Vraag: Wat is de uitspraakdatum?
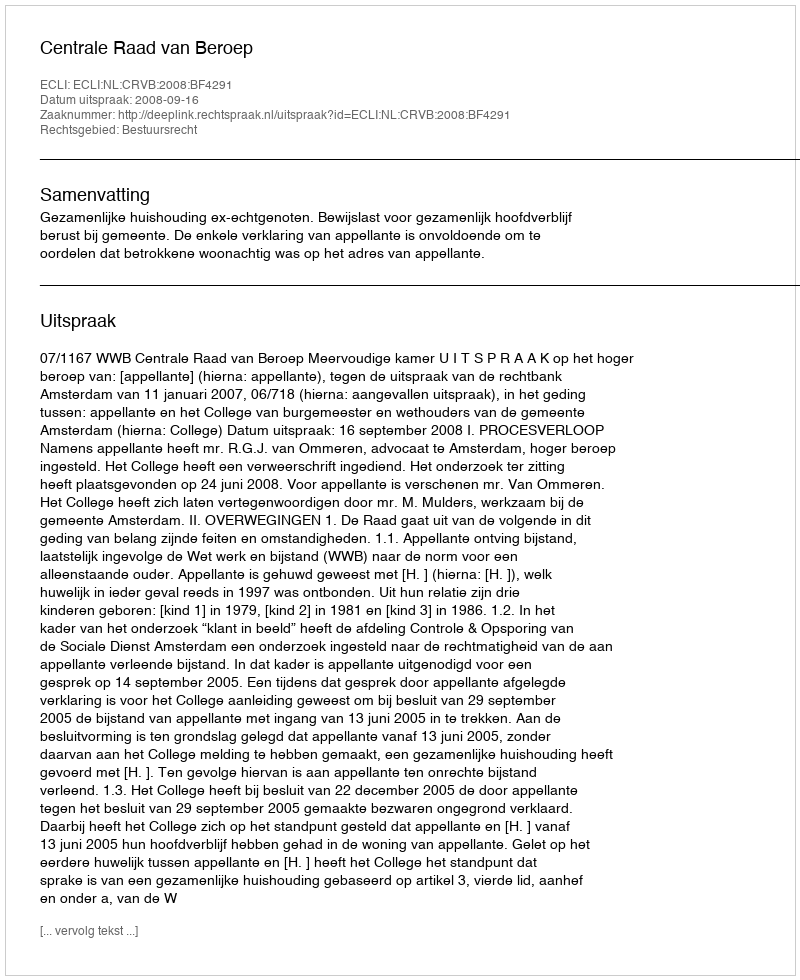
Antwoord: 2008-09-16